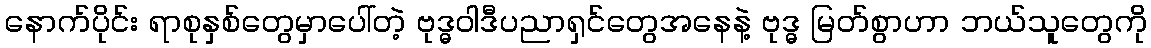
နောက်ပိုင်း ရာစုနှစ်တွေမှာပေါ်တဲ့ ဗုဒ္ဓဝါဒီပညာရှင်တွေအနေနဲ့ ဗုဒ္ဓ မြတ်စွာဟာ ဘယ်သူတွေကို